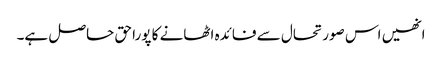
انھیں اس صورتحال سے فائدہ اٹھانے کا پورا حق حاصل ہے۔